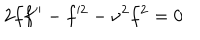
2 f f ^ { \prime \prime } - f ^ { \prime 2 } - \nu ^ { 2 } f ^ { 2 } = 0